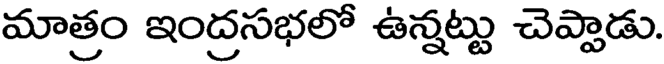
మాత్రం ఇంద్రసభలో ఉన్నట్టు చెప్పాడు.